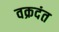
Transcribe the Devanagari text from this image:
वक्रदंत